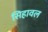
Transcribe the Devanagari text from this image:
सिहावल